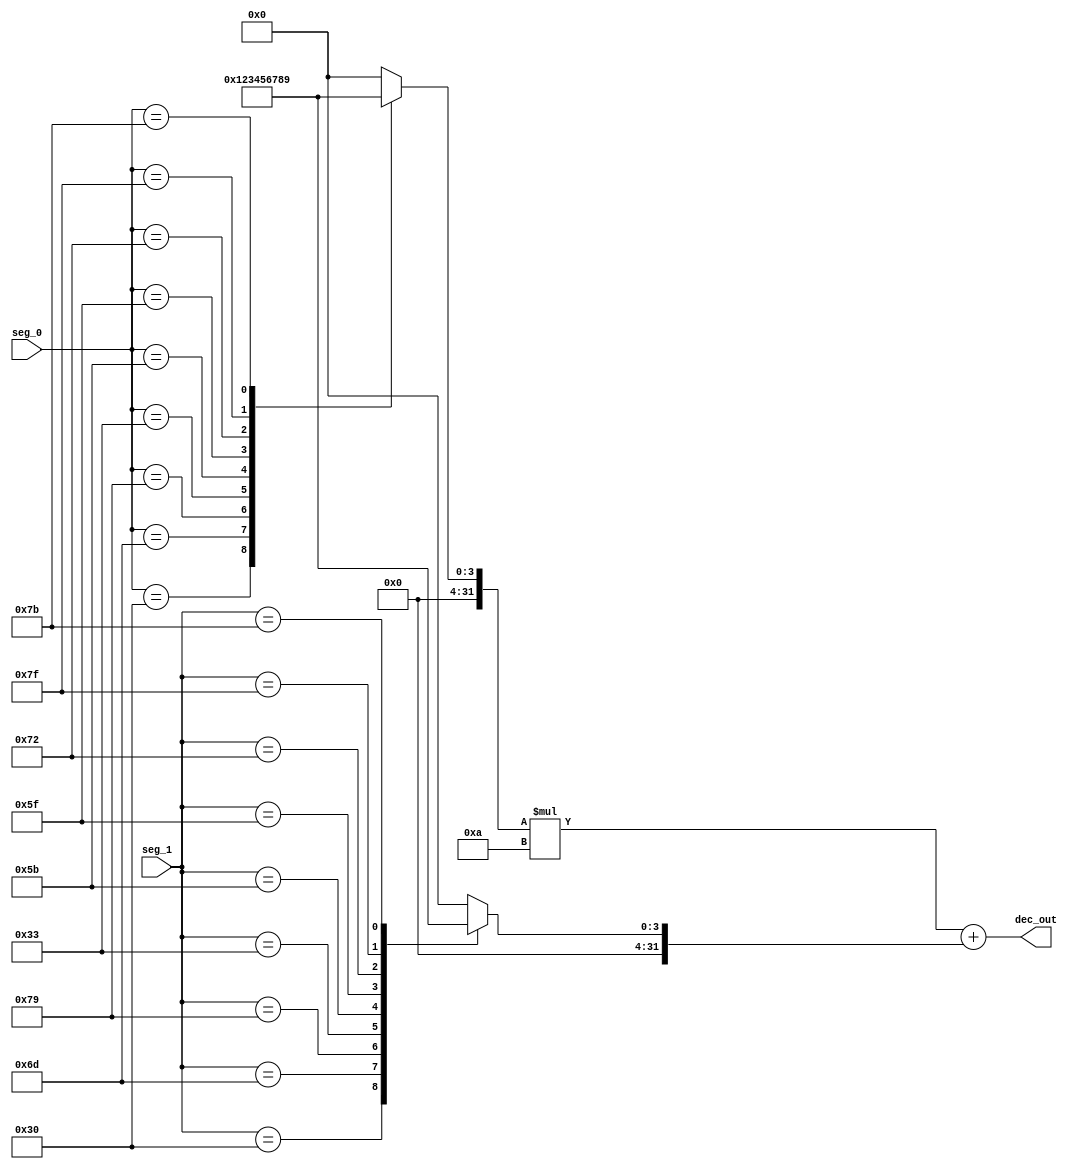
module reg_to_dec(
    seg_0, seg_1, dec_out
);

input [7:0] seg_0;
input [7:0] seg_1;

output reg [31:0] dec_out;

integer ten, one;

always @ (seg_0 or seg_1) begin
    case(seg_0)
        7'b0110000 : ten = 1;
        7'b1101101 : ten = 2;
        7'b1111001 : ten = 3;
        7'b0110011 : ten = 4;
        7'b1011011 : ten = 5;
        7'b1011111 : ten = 6;
        7'b1110010 : ten = 7;
        7'b1111111 : ten = 8;
        7'b1111011 : ten = 9;
        7'b1111110 : ten = 0;
        default : ten = 0;
    endcase
    case(seg_1)
        7'b0110000 : one = 1;
        7'b1101101 : one = 2;
        7'b1111001 : one = 3;
        7'b0110011 : one = 4;
        7'b1011011 : one = 5;
        7'b1011111 : one = 6;
        7'b1110010 : one = 7;
        7'b1111111 : one = 8;
        7'b1111011 : one = 9;
        7'b1111110 : one = 0;
        default : one = 0;
    endcase
    dec_out = ten*10+one;
end
endmodule